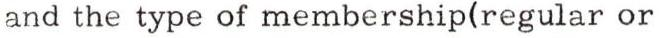
and the type of membership(regular or